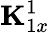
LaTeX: {\mathbf K}_{1x}^{1}